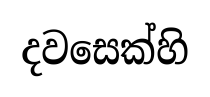
දවසෙක්හි